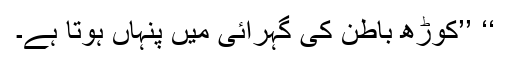
‘‘ ’’کوڑھ باطن کی گہرائی میں پنہاں ہوتا ہے۔